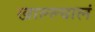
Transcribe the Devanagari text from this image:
खाल्ल्यालं